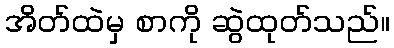
အိတ်ထဲမှ စာကို ဆွဲထုတ်သည်။